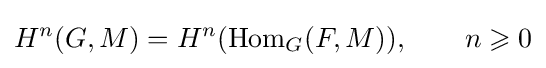
H^{n}(G,M)=H^{n}({\rm {Hom}}_{G}(F,M)),\qquad n\geqslant 0